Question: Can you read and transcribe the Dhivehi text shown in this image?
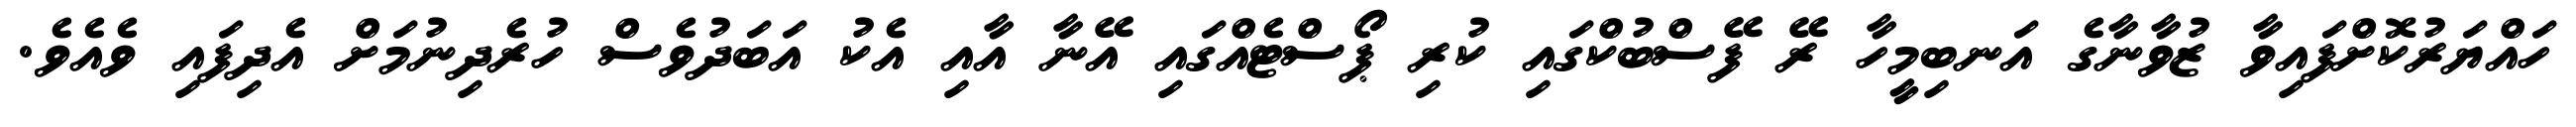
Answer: ހައްޔަރުކޮށްފައިވާ ޒުވާނާގެ އަނބިމީހާ ރޭ ފޭސްބުކްގައި ކުރި ޕޯސްޓެއްގައި އޭނާ އާއި އެކު އަބަދުވެސް ހުރެދިނުމަށް އެދިފައި ވެއެވެ.